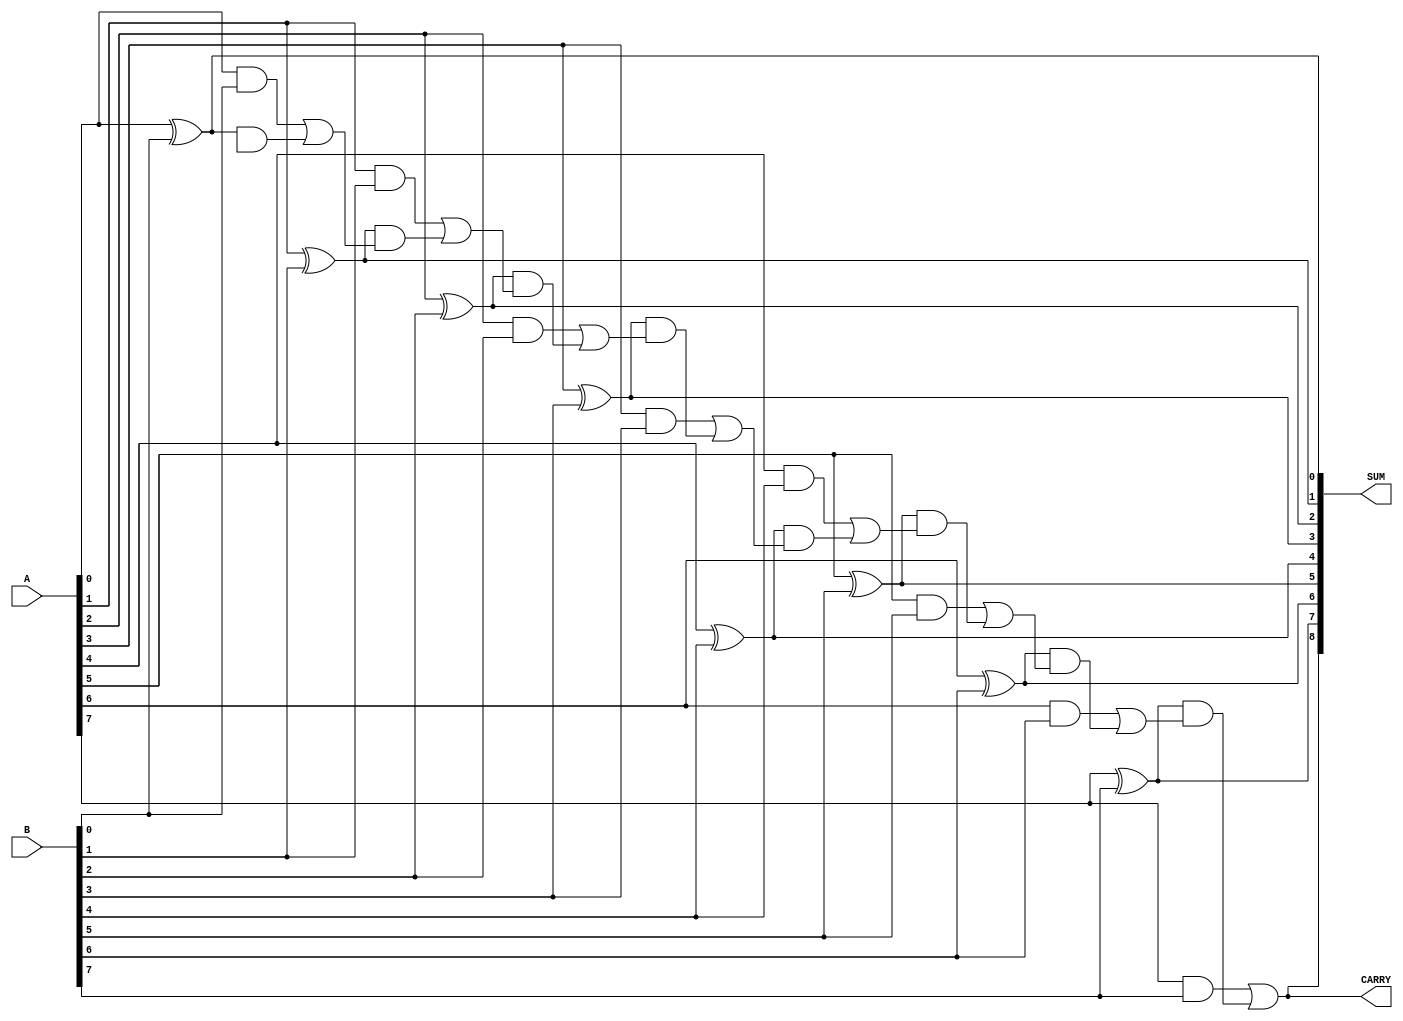
module kogge_stone_adder (
    input wire [7:0] A,
    input wire [7:0] B,
    output reg [8:0] SUM,
    output reg CARRY
);

wire [7:0] P, G;
wire [8:1] C;

genvar i;
generate
    for (i = 0; i < 8; i = i + 1) begin
        assign P[i] = A[i] ^ B[i];
        assign G[i] = A[i] & B[i];
    end
endgenerate

assign C[0] = 1'b0;
assign C[1] = G[0] | (P[0] & C[0]);
assign C[2] = G[1] | (P[1] & C[1]);
assign C[3] = G[2] | (P[2] & C[2]);
assign C[4] = G[3] | (P[3] & C[3]);
assign C[5] = G[4] | (P[4] & C[4]);
assign C[6] = G[5] | (P[5] & C[5]);
assign C[7] = G[6] | (P[6] & C[6]);
assign C[8] = G[7] | (P[7] & C[7]);

assign SUM = {C[8], P};
assign CARRY = C[8];

endmodule